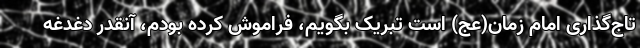
تاج‌گذاری امام زمان(عج) است تبریک بگویم، فراموش کرده بودم، آنقدر دغدغه